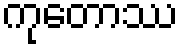
ကုတောဿ